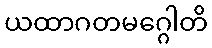
ယထာဂတမဂ္ဂေါတိ